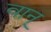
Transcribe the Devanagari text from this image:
वान्